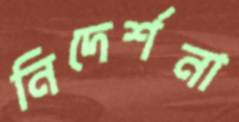
নিদের্শনা